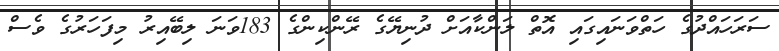
ސަރަހައްދުގެ ހަތްވަނައިގައި އޮތް ލަންކާއަށް ދުނިޔޭގެ ރޭންކިންގެ 183ވަނަ ލިބޭއިރު މިފަހަރުގެ ވެސް